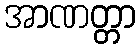
အာဏတ္တာ